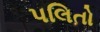
પલિતો